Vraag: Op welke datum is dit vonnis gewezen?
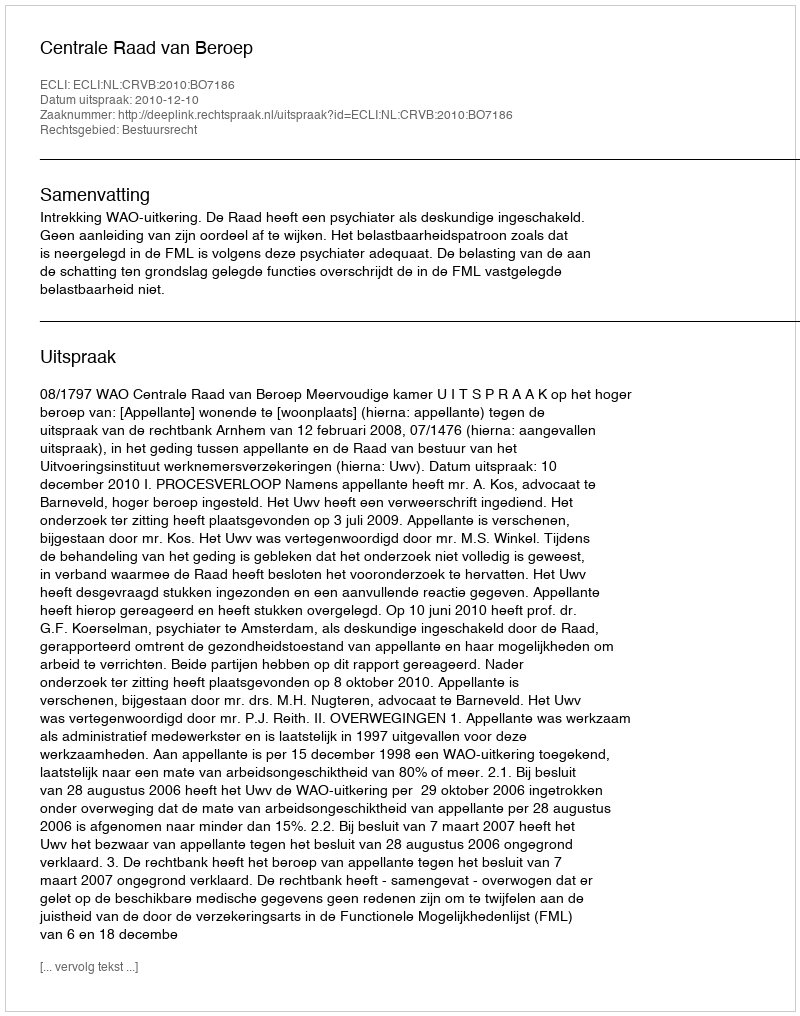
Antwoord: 2010-12-10